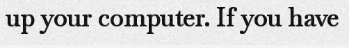
up your computer. If you have